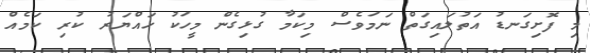
މި ފޮށިގަނޑު އަތުލައިގަތް ނަމަވެސް މިކަމާ ގުޅިގެން މީހަކު ހައްޔަރު ކުރި ކަމެއް